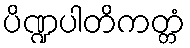
ပိဏ္ဍပါတိကတ္တံ